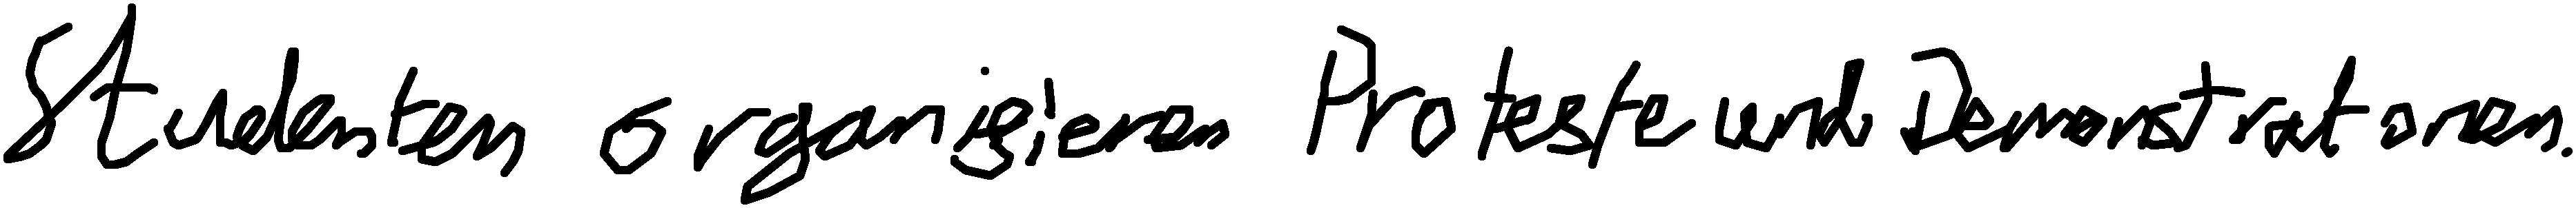
Studenten organisieren Proteste und Demonstrationen.